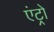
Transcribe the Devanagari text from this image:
एंट्रो